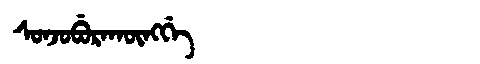
Manchu: ᠰᠣᠨᠵᠣᠪᡠᡵᠠᡴᡡᠩᡤᡝ
Romanization: SONJOBURAKŪNGGE